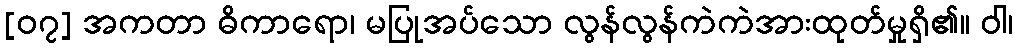
[၀၇] အကတာ ဓိကာရော၊ မပြုအပ်သော လွန်လွန်ကဲကဲအားထုတ်မှုရှိ၏။ ဝါ၊